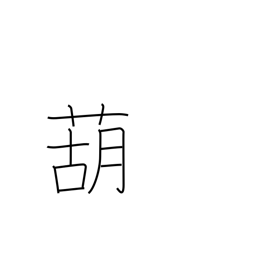
Meaning: garlic